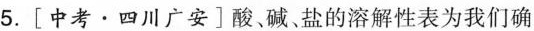
5.[中考·四川广安]酸、碱、盐的溶解性表为我们确